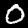
Label: 0